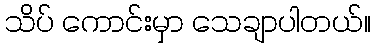
သိပ် ကောင်းမှာ သေချာပါတယ်။